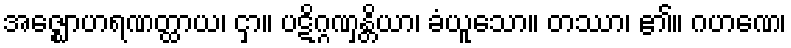
အဇ္ဈောဟရဏတ္ထာယ၊ ငှာ။ ပဋိဂ္ဂဏှန္တိယာ၊ ခံယူသော။ တဿာ၊ ၏။ ဂဟဏေ၊